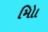
મોિા